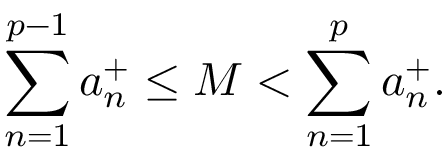
\sum _ { n = 1 } ^ { p - 1 } a _ { n } ^ { + } \leq M < \sum _ { n = 1 } ^ { p } a _ { n } ^ { + } .